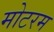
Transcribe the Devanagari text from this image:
मोटरम